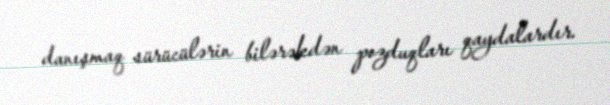
danışmaq sürücülərin bilərəkdən pozduqları qaydalardır.